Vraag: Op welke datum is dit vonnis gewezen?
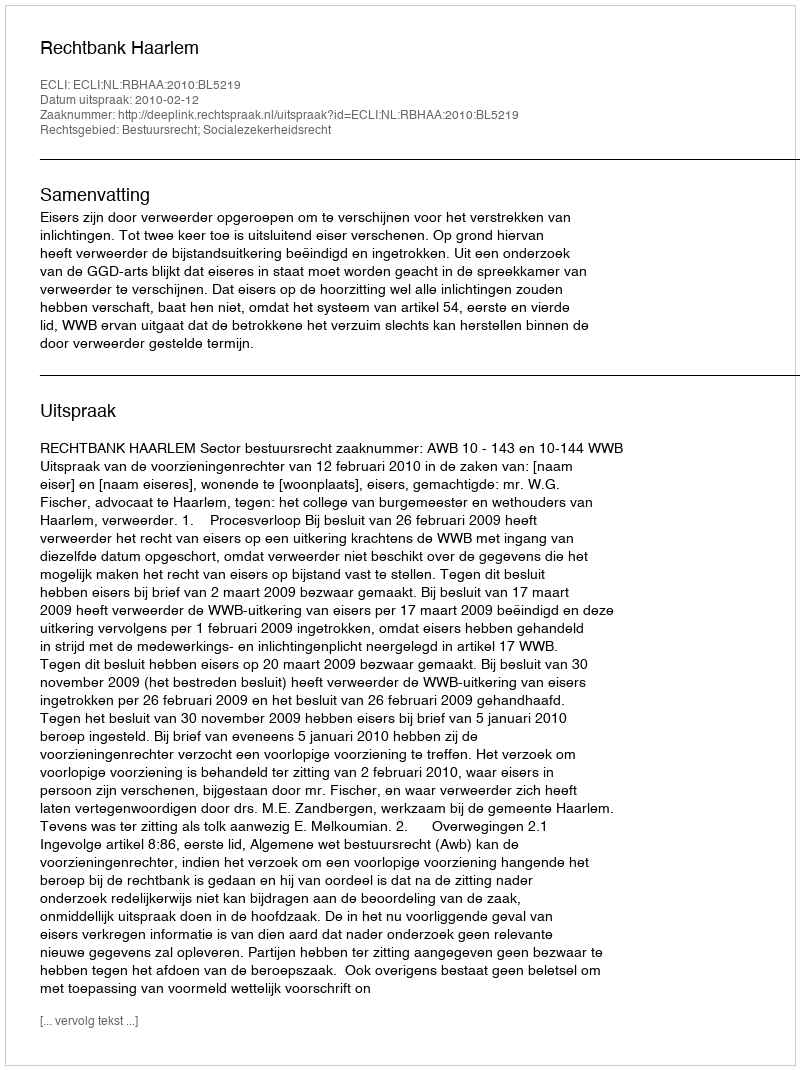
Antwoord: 2010-02-12